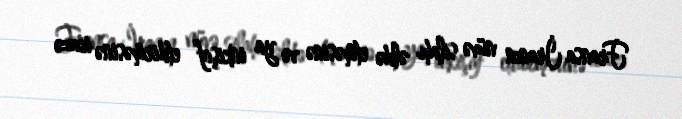
Fransa İranın nüvə silahı əldə etməsinə və ya inkişaf etdirməsinə icazə